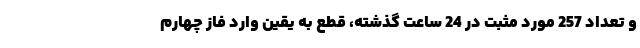
و تعداد 257 مورد مثبت در 24 ساعت گذشته، قطع به یقین وارد فاز چهارم